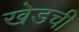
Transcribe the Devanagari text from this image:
खेडची